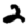
Digit: 2